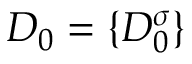
D _ { 0 } = \{ D _ { 0 } ^ { \sigma } \}